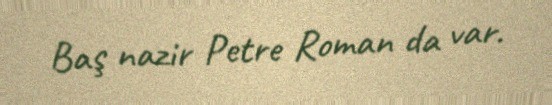
Baş nazir Petre Roman da var.